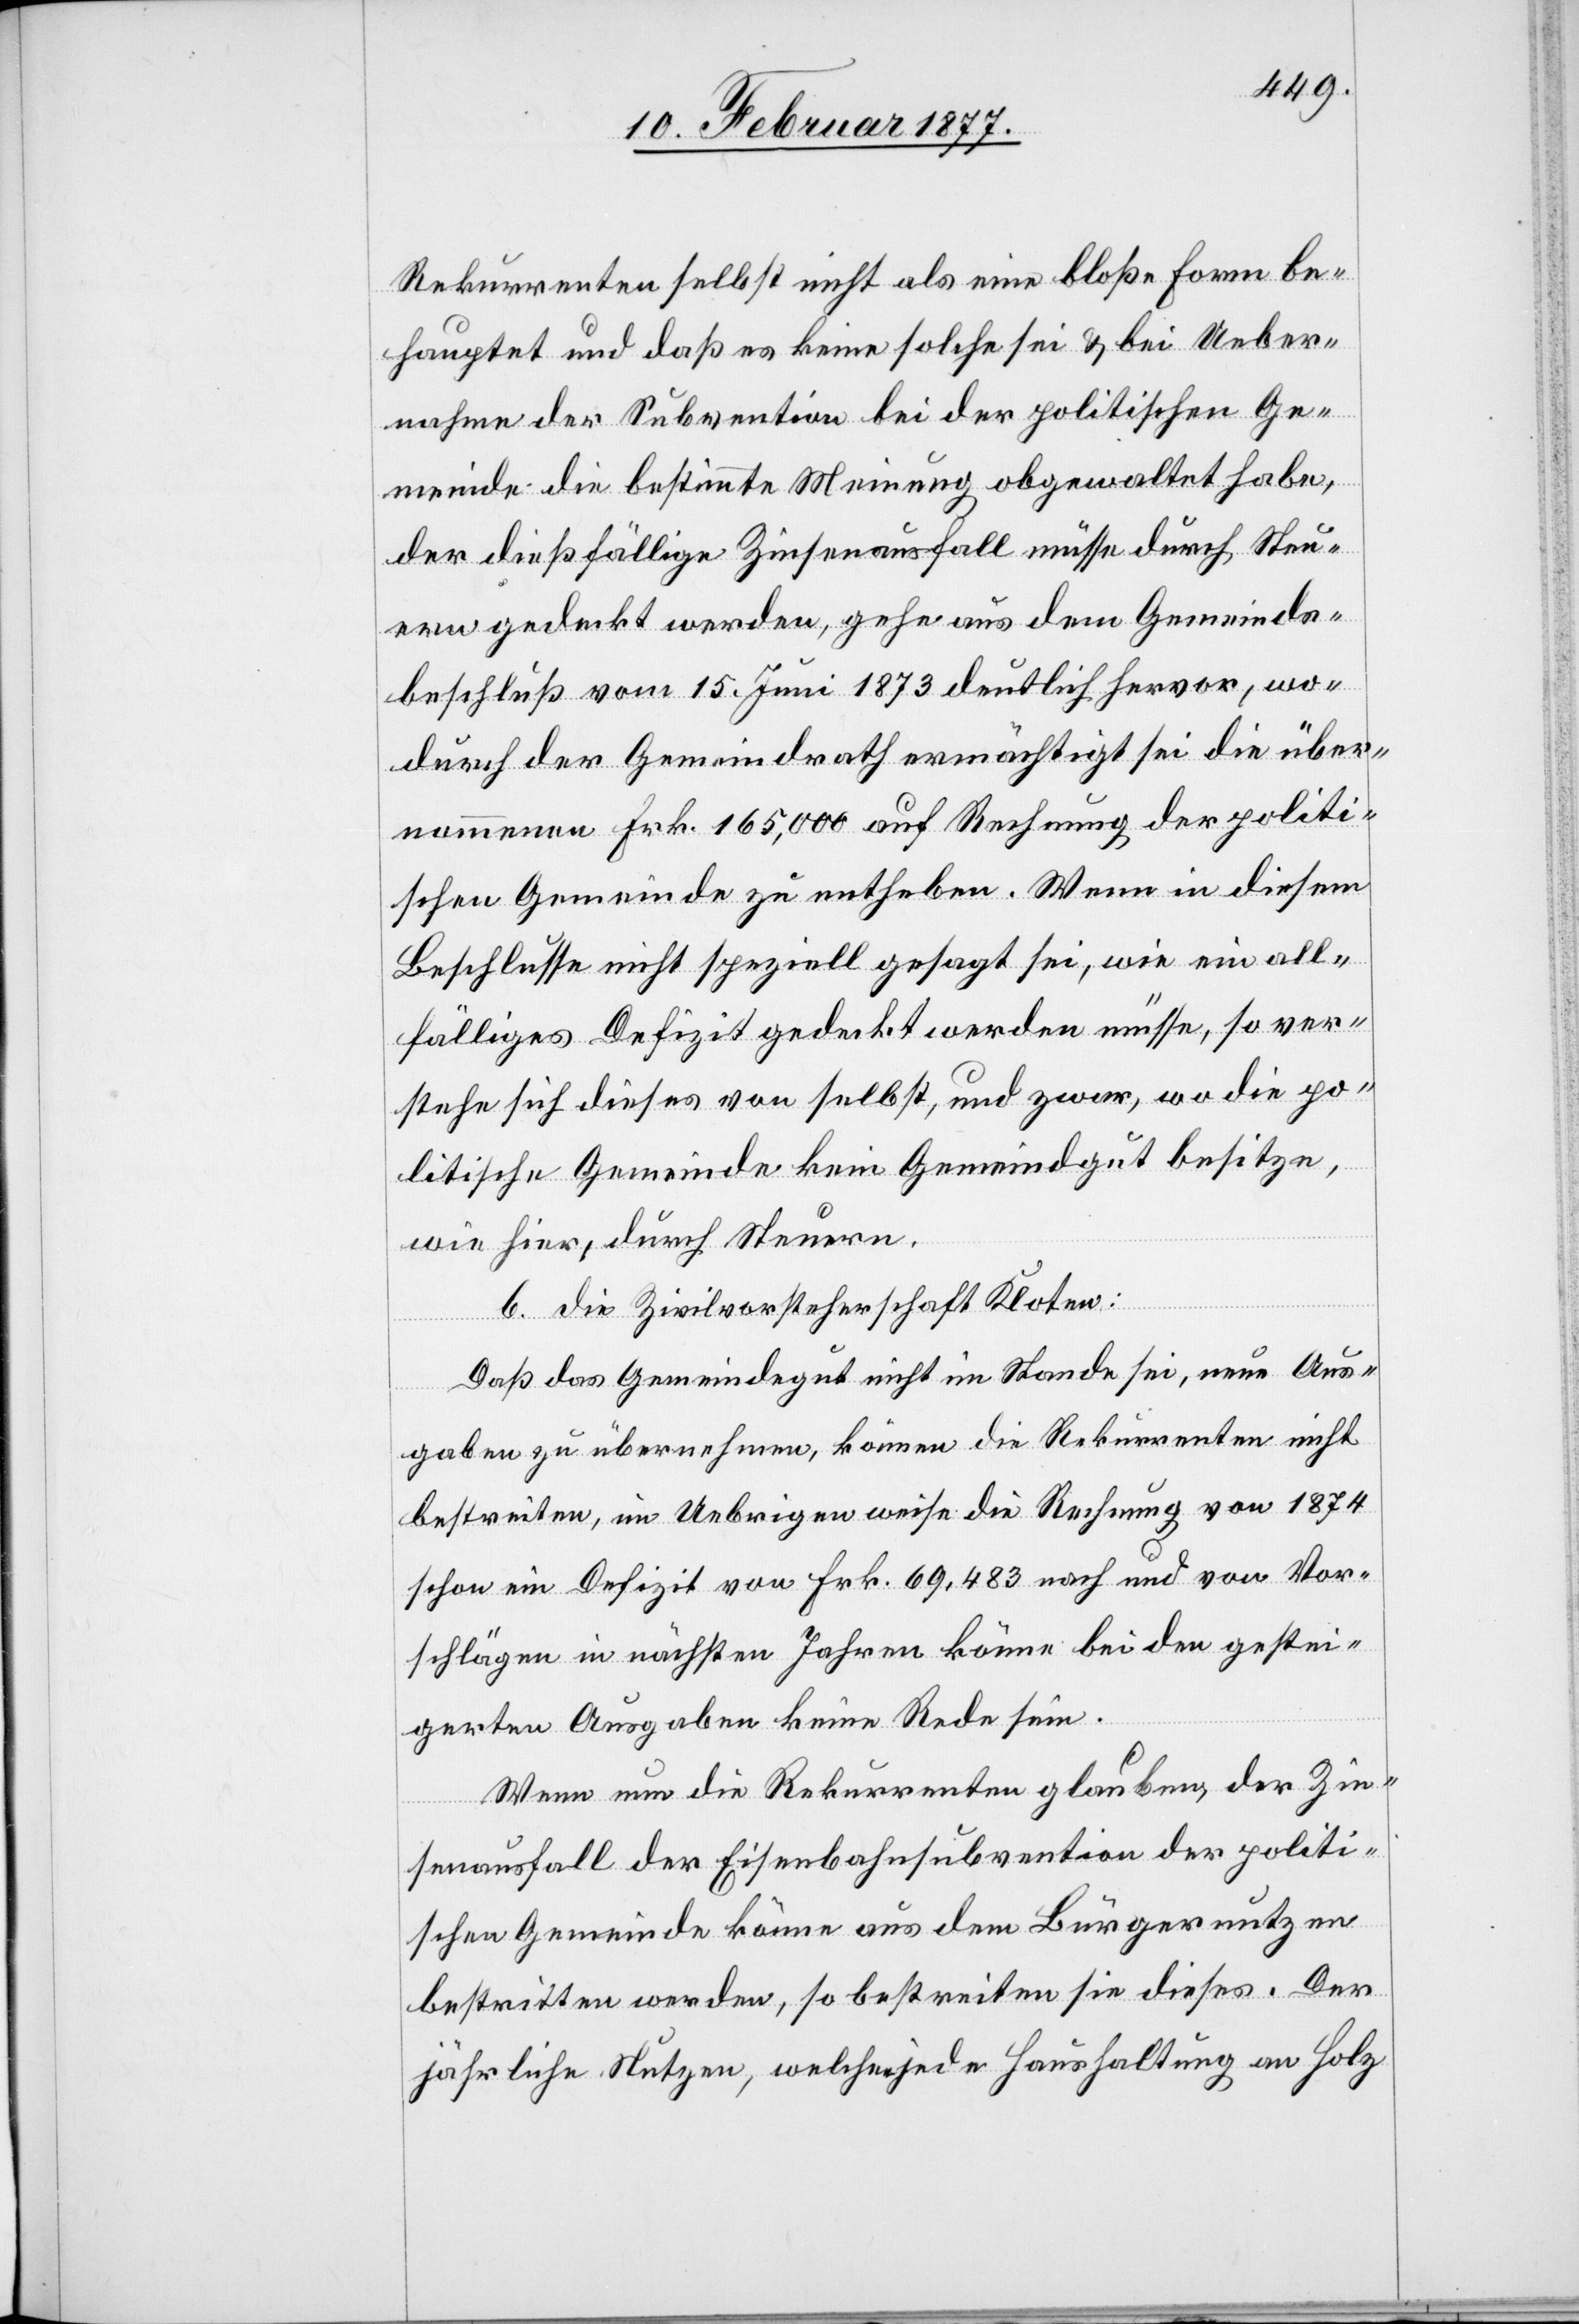
Rekurrenten selbst nicht als eine bloße Form be¬
hauptet und daß es keine solche sei & bei Ueber¬
nahme der Subvention bei der politischen Ge¬
meinde die bestimmte Meinung obgewaltet habe,
der dießfällige Zinsenausfall müsse durch Steu¬
ern gedeckt werden, gehe aus dem Gemeinds¬
beschluß vom 15. Juni 1873 deutlich hervor, wo¬
durch der Gemeindrath ermächtigt sei die über¬
nommenen Frk. 165,000 auf Rechnung der politi¬
schen Gemeinde zu entheben. Wenn in diesem
Beschlusse nicht speziell gesagt sei, wie ein all¬
fälliges Defizit gedeckt werden müsse, so ver¬
stehe sich dieses von selbst, und zwar, wo die po¬
litische Gemeinde kein Gemeindegut besitze,
wie hier, durch Steuern.
b. die Zivilvorsteherschaft Kloten:
Daß das Gemeindegut nicht im Stande sei, neue Aus¬
gaben zu übernehmen können die Rekurrenten nicht
bestreiten, im Uebrigen weise die Rechnung von 1874
schon ein Defizit von Frk. 69,483 nach und von Vor¬
schlägen in nächsten Jahren könne bei den gestei¬
gerten Ausgaben keine Rede sein.
Wenn nun die Rekurrenten glauben, der Zin¬
senausfall der Eisenbahnsubvention der politi¬
schen Gemeinde könne aus dem Bürgernutzen
bestritten werden, so bestreiten sie dieses. Der
jährliche Nutzen, welcher jede Haushaltung an Holz